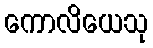
ကောလိယေသု